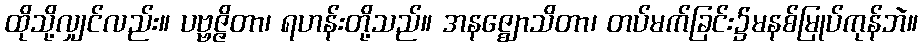
ထိုသို့လျှင်လည်း။ ပဗ္ဗဇ္ဇိတာ၊ ရဟန်းတို့သည်။ အနဇ္ဈောသိတာ၊ တပ်မက်ခြင်း၌မနစ်မြုပ်ကုန်ဘဲ။